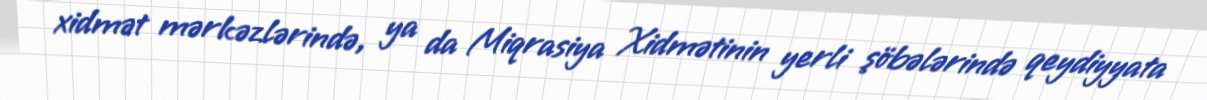
xidmət mərkəzlərində, ya da Miqrasiya Xidmətinin yerli şöbələrində qeydiyyata